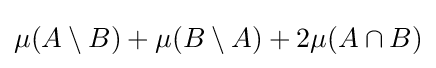
\mu (A\setminus B)+\mu (B\setminus A)+2\mu (A\cap B)